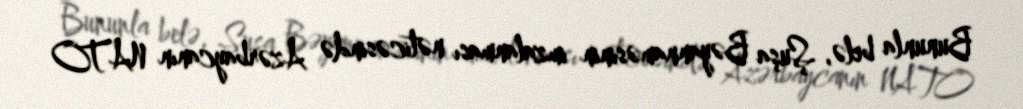
Bununla belə, Şuşa Bəyannaməsinin imzalanması nəticəsində Azərbaycanın NATO